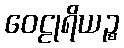
ဝေဠုရိယဉ္စ